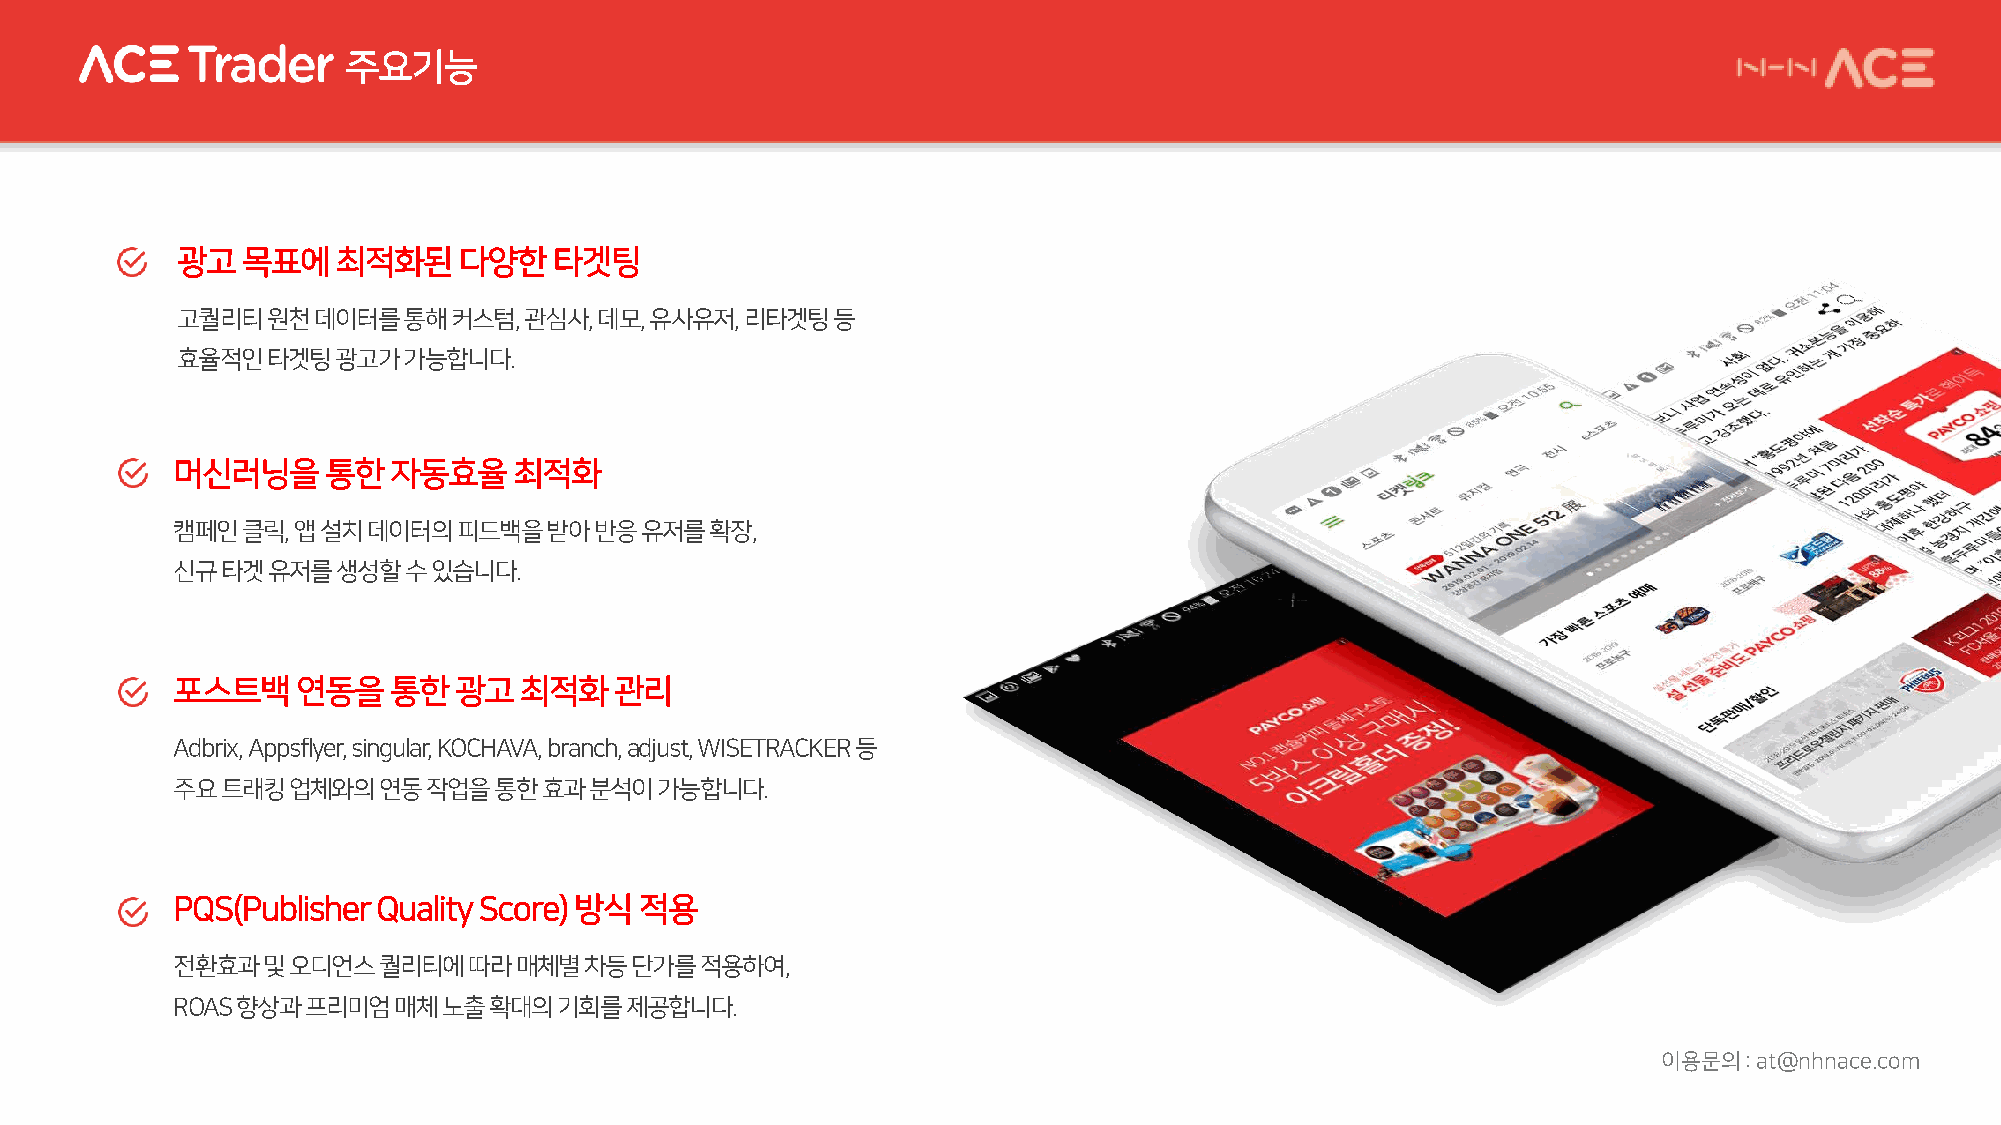
주요기능
 광고목표에최적화된다양한타겟팅
 고퀄리티원천데이터를통해커스텀,       관심사, 데모, 유사유저, 리타겟팅등
 효율적인타겟팅광고가가능합니다.
 머신러닝을통한자동효율최적화
 캠페인클릭,  앱설치데이터의피드백을받아반응유저를확장,
 신규타겟유저를생성할수있습니다.
 포스트백연동을통한광고최적화관리
 Adbrix, Appsflyer, singular, KOCHAVA, branch, adjust, WISETRACKER 등
 주요트래킹업체와의연동작업을통한효과분석이가능합니다.
 PQS(Publisher Quality Score) 방식적용
 전환효과및오디언스퀄리티에따라매체별차등단가를적용하여,
 ROAS 향상과프리미엄매체노출확대의기회를제공합니다.
 이용문의: at@nhnace.com